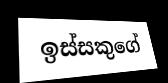
ඉස්සකුගේ